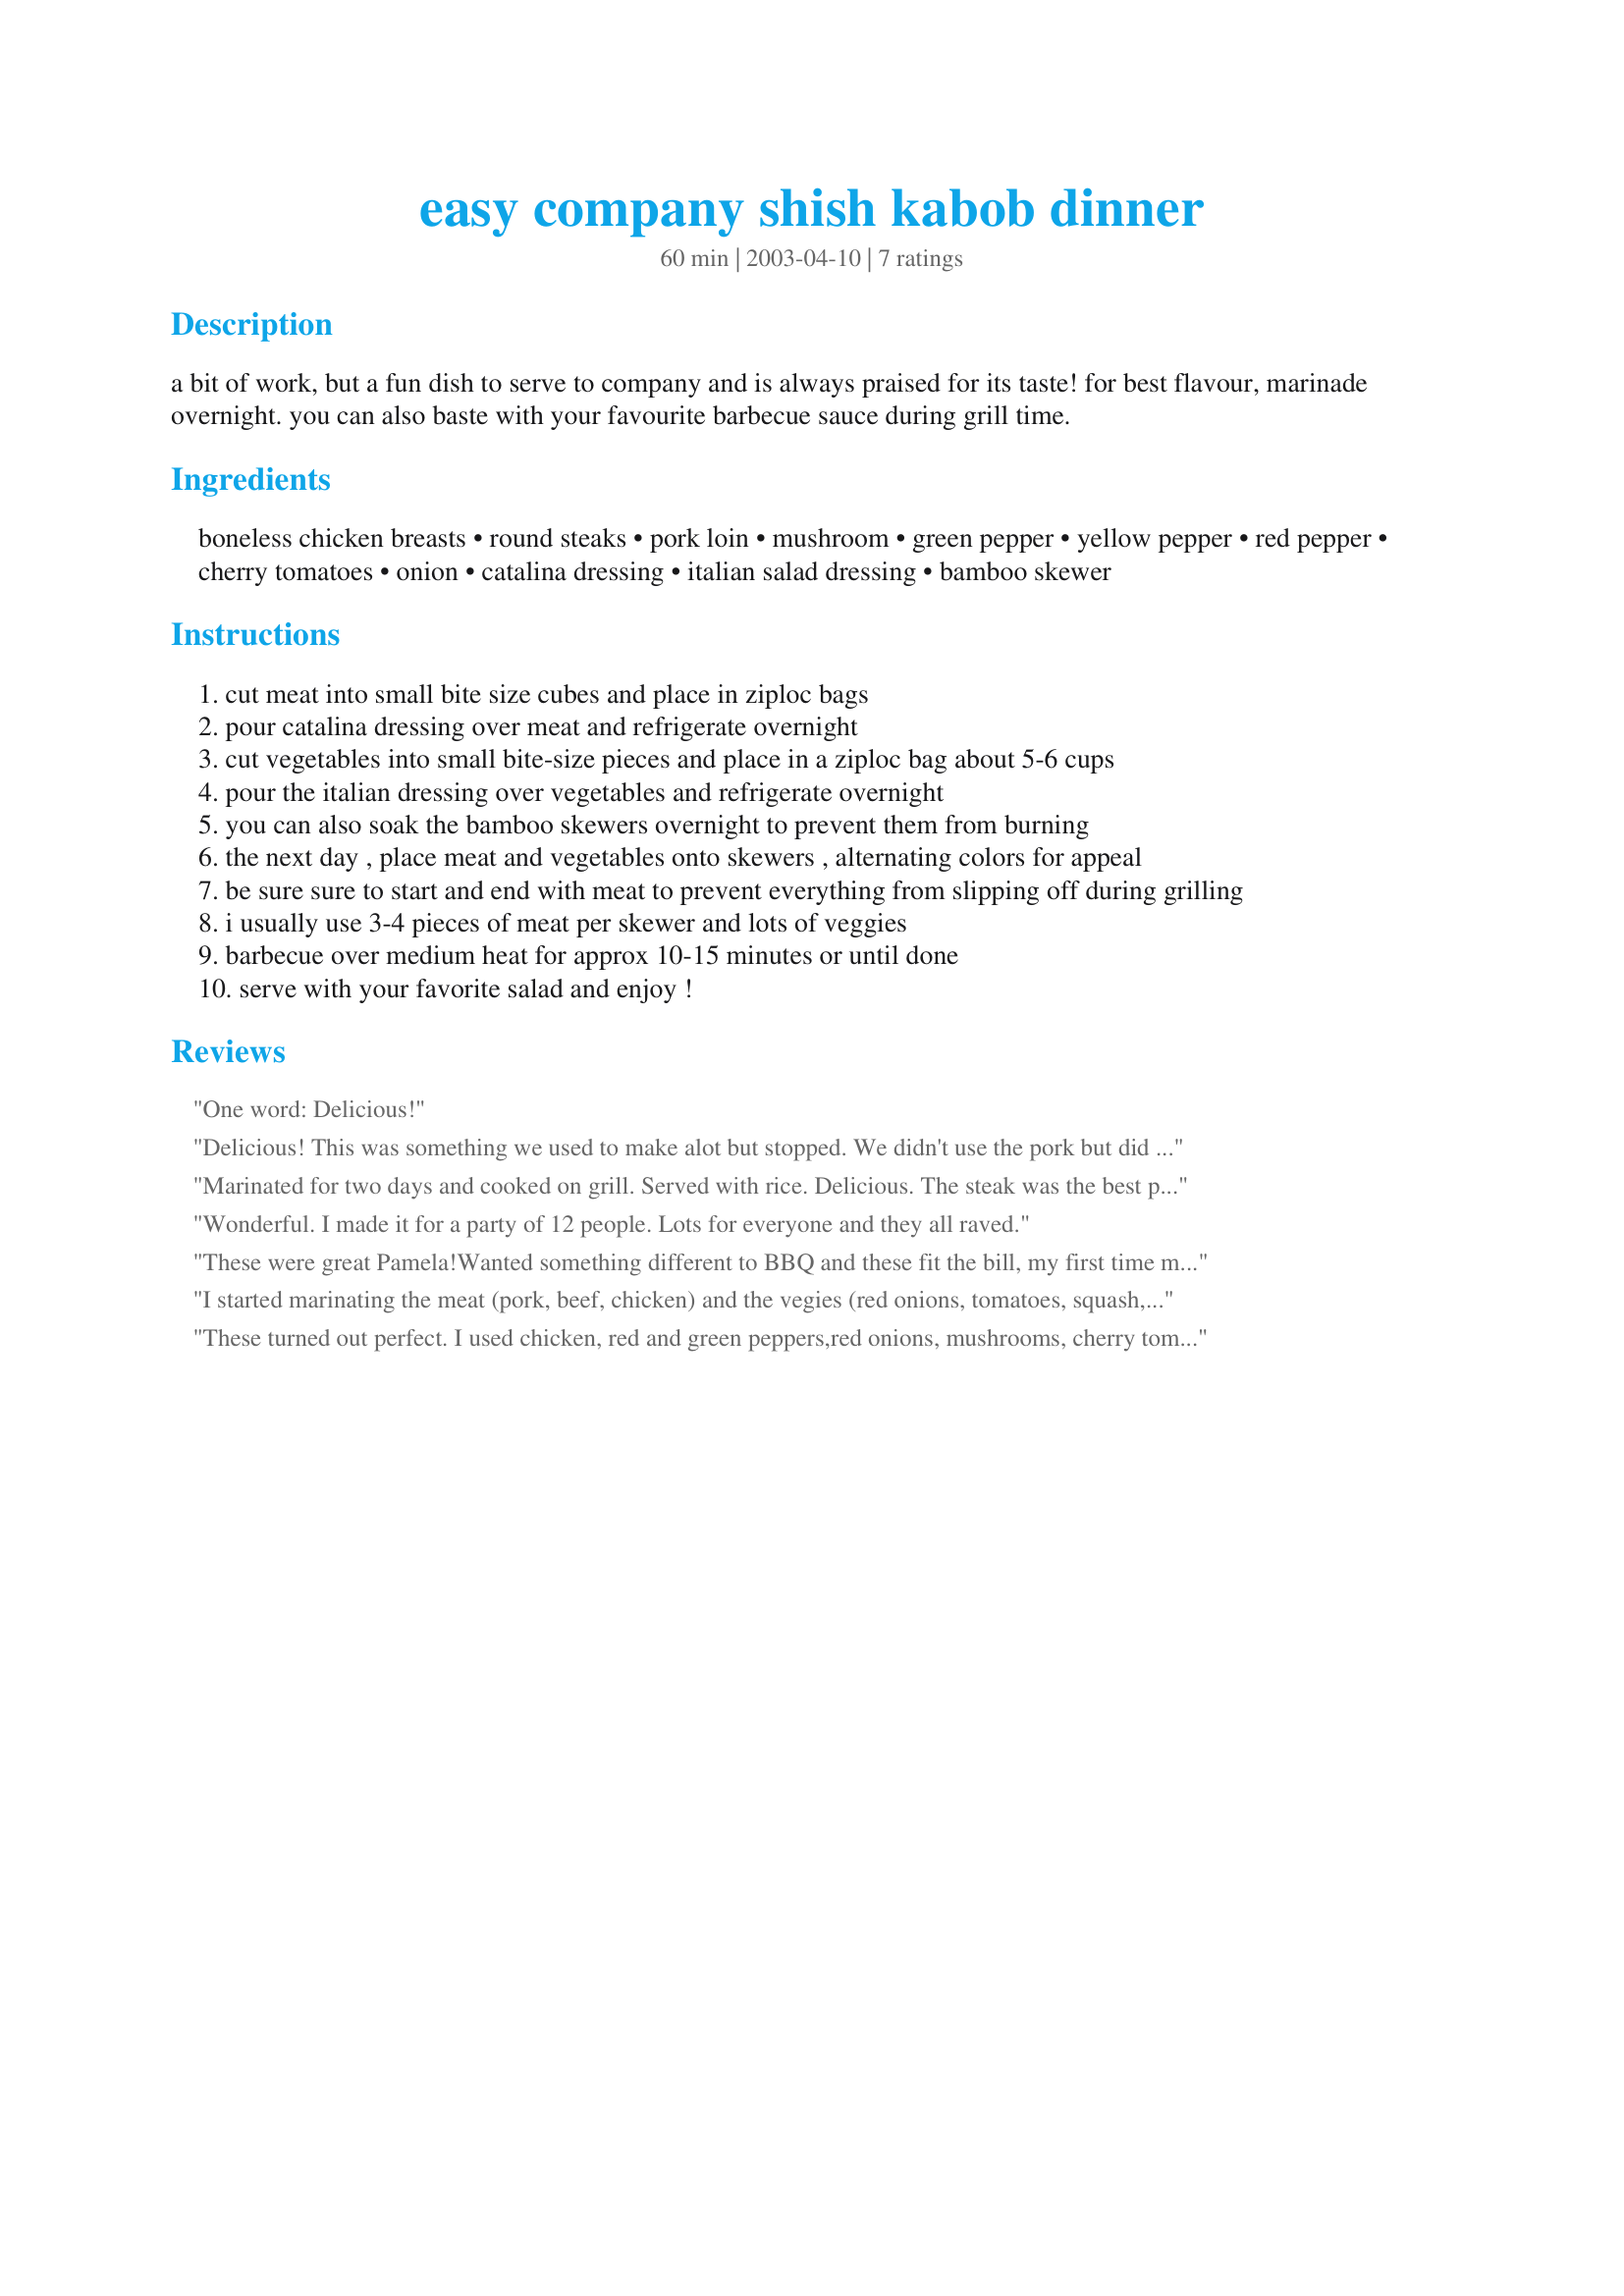
easy company shish kabob dinner
Preparation time: 60 minutes

a bit of work, but a fun dish to serve to company and is always praised for its taste! for best flavour, marinade overnight. you can also baste with your favourite barbecue sauce during grill time.

Ingredients:
boneless chicken breasts, round steaks, pork loin, mushroom, green pepper, yellow pepper, red pepper, cherry tomatoes, onion, catalina dressing, italian salad dressing, bamboo skewer

Steps:
cut meat into small bite size cubes and place in ziploc bags
pour catalina dressing over meat and refrigerate overnight
cut vegetables into small bite-size pieces and place in a ziploc bag about 5-6 cups
pour the italian dressing over vegetables and refrigerate overnight
you can also soak the bamboo skewers overnight to prevent them from burning
the next day , place meat and vegetables onto skewers , alternating colors for appeal
be sure sure to start and end with meat to prevent everything from slipping off during grilling
i usually use 3-4 pieces of meat per skewer and lots of veggies
barbecue over medium heat for approx 10-15 minutes or until done
serve with your favorite salad and enjoy !

Reviews:
One word: Delicious!
Delicious! This was something we used to make alot but stopped. We didn't use the pork but did both chicken and beef. Multicolored peppers, cherry tomatoes, red onion, zucchini and yellow squash all added to it's festive appearance. Wonderful, quick easy dinner great with rice pilaf!
Marinated for two days and cooked on grill. Served with rice. Delicious. The steak was the best part in the Catalina dressing. Plan to use for group party a d for folks I cook for. Thanks!
Wonderful. I made it for a party of 12 people. Lots for everyone and they all raved.
These were great Pamela!Wanted something different to BBQ and these fit the bill, my first time making shish kebobs on the grill,if you can believe that! And with this recipe it certainly won't be the last! The only other time I can remember us having them we picked up pre-made ones from the meat section at the grocery store. Won't be doing that again now! I didn't plan far enough ahead so these only marinated for the afternoon, and they were still delicious and flavourful, I can't imagine that they could be much better with the overnight marination but they probably are! We only used beef this time,and for veggies we used cherry tomato, onion, red, green & orange peppers, & mushrooms. I look forward to trying with the chicken and pork as well, and I think I will add zucchini next time too,(asked hubbby to get some but he forgot at the store!!) I actually thought these were kind of fun to make and with the prep work done the night before,(which I will do next time!) the next day will be a breeze just having to prepare the skewers and your sides! Thanks Pamela, hubby and I really enjoyed these!
I started marinating the meat (pork, beef, chicken) and the vegies (red onions, tomatoes, squash, zucchini, mushrooms, red peppers, green peppers) yesterday and put it all together this evening. Husband grilled and basted with a little bbq sauce and boy did this turn out great! Thank you!
These turned out perfect. I used chicken, red and green peppers,red onions, mushrooms, cherry tomatoes and squash. T let them marinate overnight. So easy to grill.
